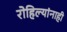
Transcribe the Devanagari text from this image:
रोहिल्यांनाही